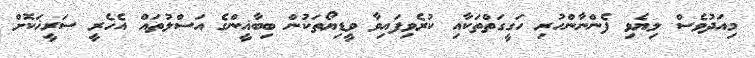
މިއަދުވެސް ލިޔެވި ފެންނާންހުރި ހަގީގަތްތަކާއި ކުރެވިފައިވާ ވީޑިޔޯތަކުން ބިބާޣީންގެ އަސްލުތައް އެހެރީ ސަރީޚަކޮށް